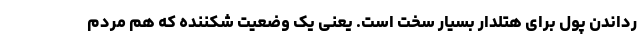
رداندن پول برای هتلدار بسیار سخت است. یعنی یک وضعیت شکننده که هم مردم